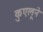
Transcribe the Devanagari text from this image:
कुएलूने